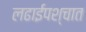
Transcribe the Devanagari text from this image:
लढाईपश्चात